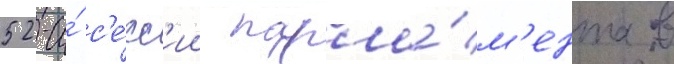
52-и́ с'е́сс'ии парла́м'ента в